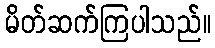
မိတ်ဆက်ကြပါသည်။